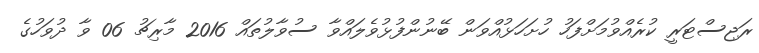
ރަޖިސްޓަރީ ކުރެއްވުމަށްފަހު ހުށަހަޅުއްވަން ބޭނުންފުޅުވެލައްވާ ސުވާލުތައް 2016 މާރިޗު 06 ވާ ދުވަހުގެ